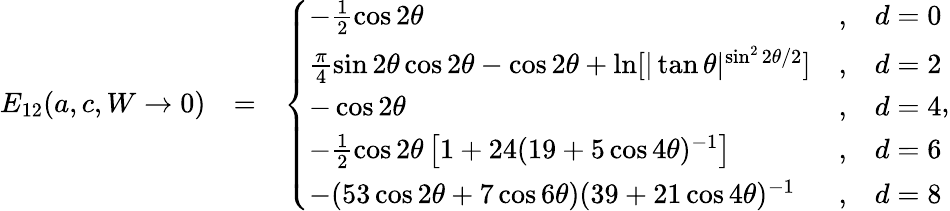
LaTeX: \begin{array}{rlr}{E_{12}(a,c,W\rightarrow 0)}&{=}&{\left\{ \begin{array}{lcl}{-\frac{1}{2}\cos 2\theta}&{,}&{d=0}\\ {\frac{\pi}{4}\sin 2\theta\cos 2\theta-\cos 2\theta+\ln[|\tan\theta|^{\sin^{2}2\theta/2}]}&{,}&{d=2}\\ {-\cos 2\theta}&{,}&{d=4}\\ {-\frac{1}{2}\cos 2\theta\left[1+24(19+5\cos 4\theta)^{-1}\right]}&{,}&{d=6}\\ {-(53\cos 2\theta+7\cos 6\theta)(39+21\cos 4\theta)^{-1}}&{,}&{d=8}\end{array}\right.,}\end{array}